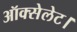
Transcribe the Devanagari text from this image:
ऑक्सेलेट।